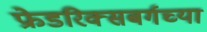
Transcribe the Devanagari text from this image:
फ्रेडरिक्सबर्गच्या